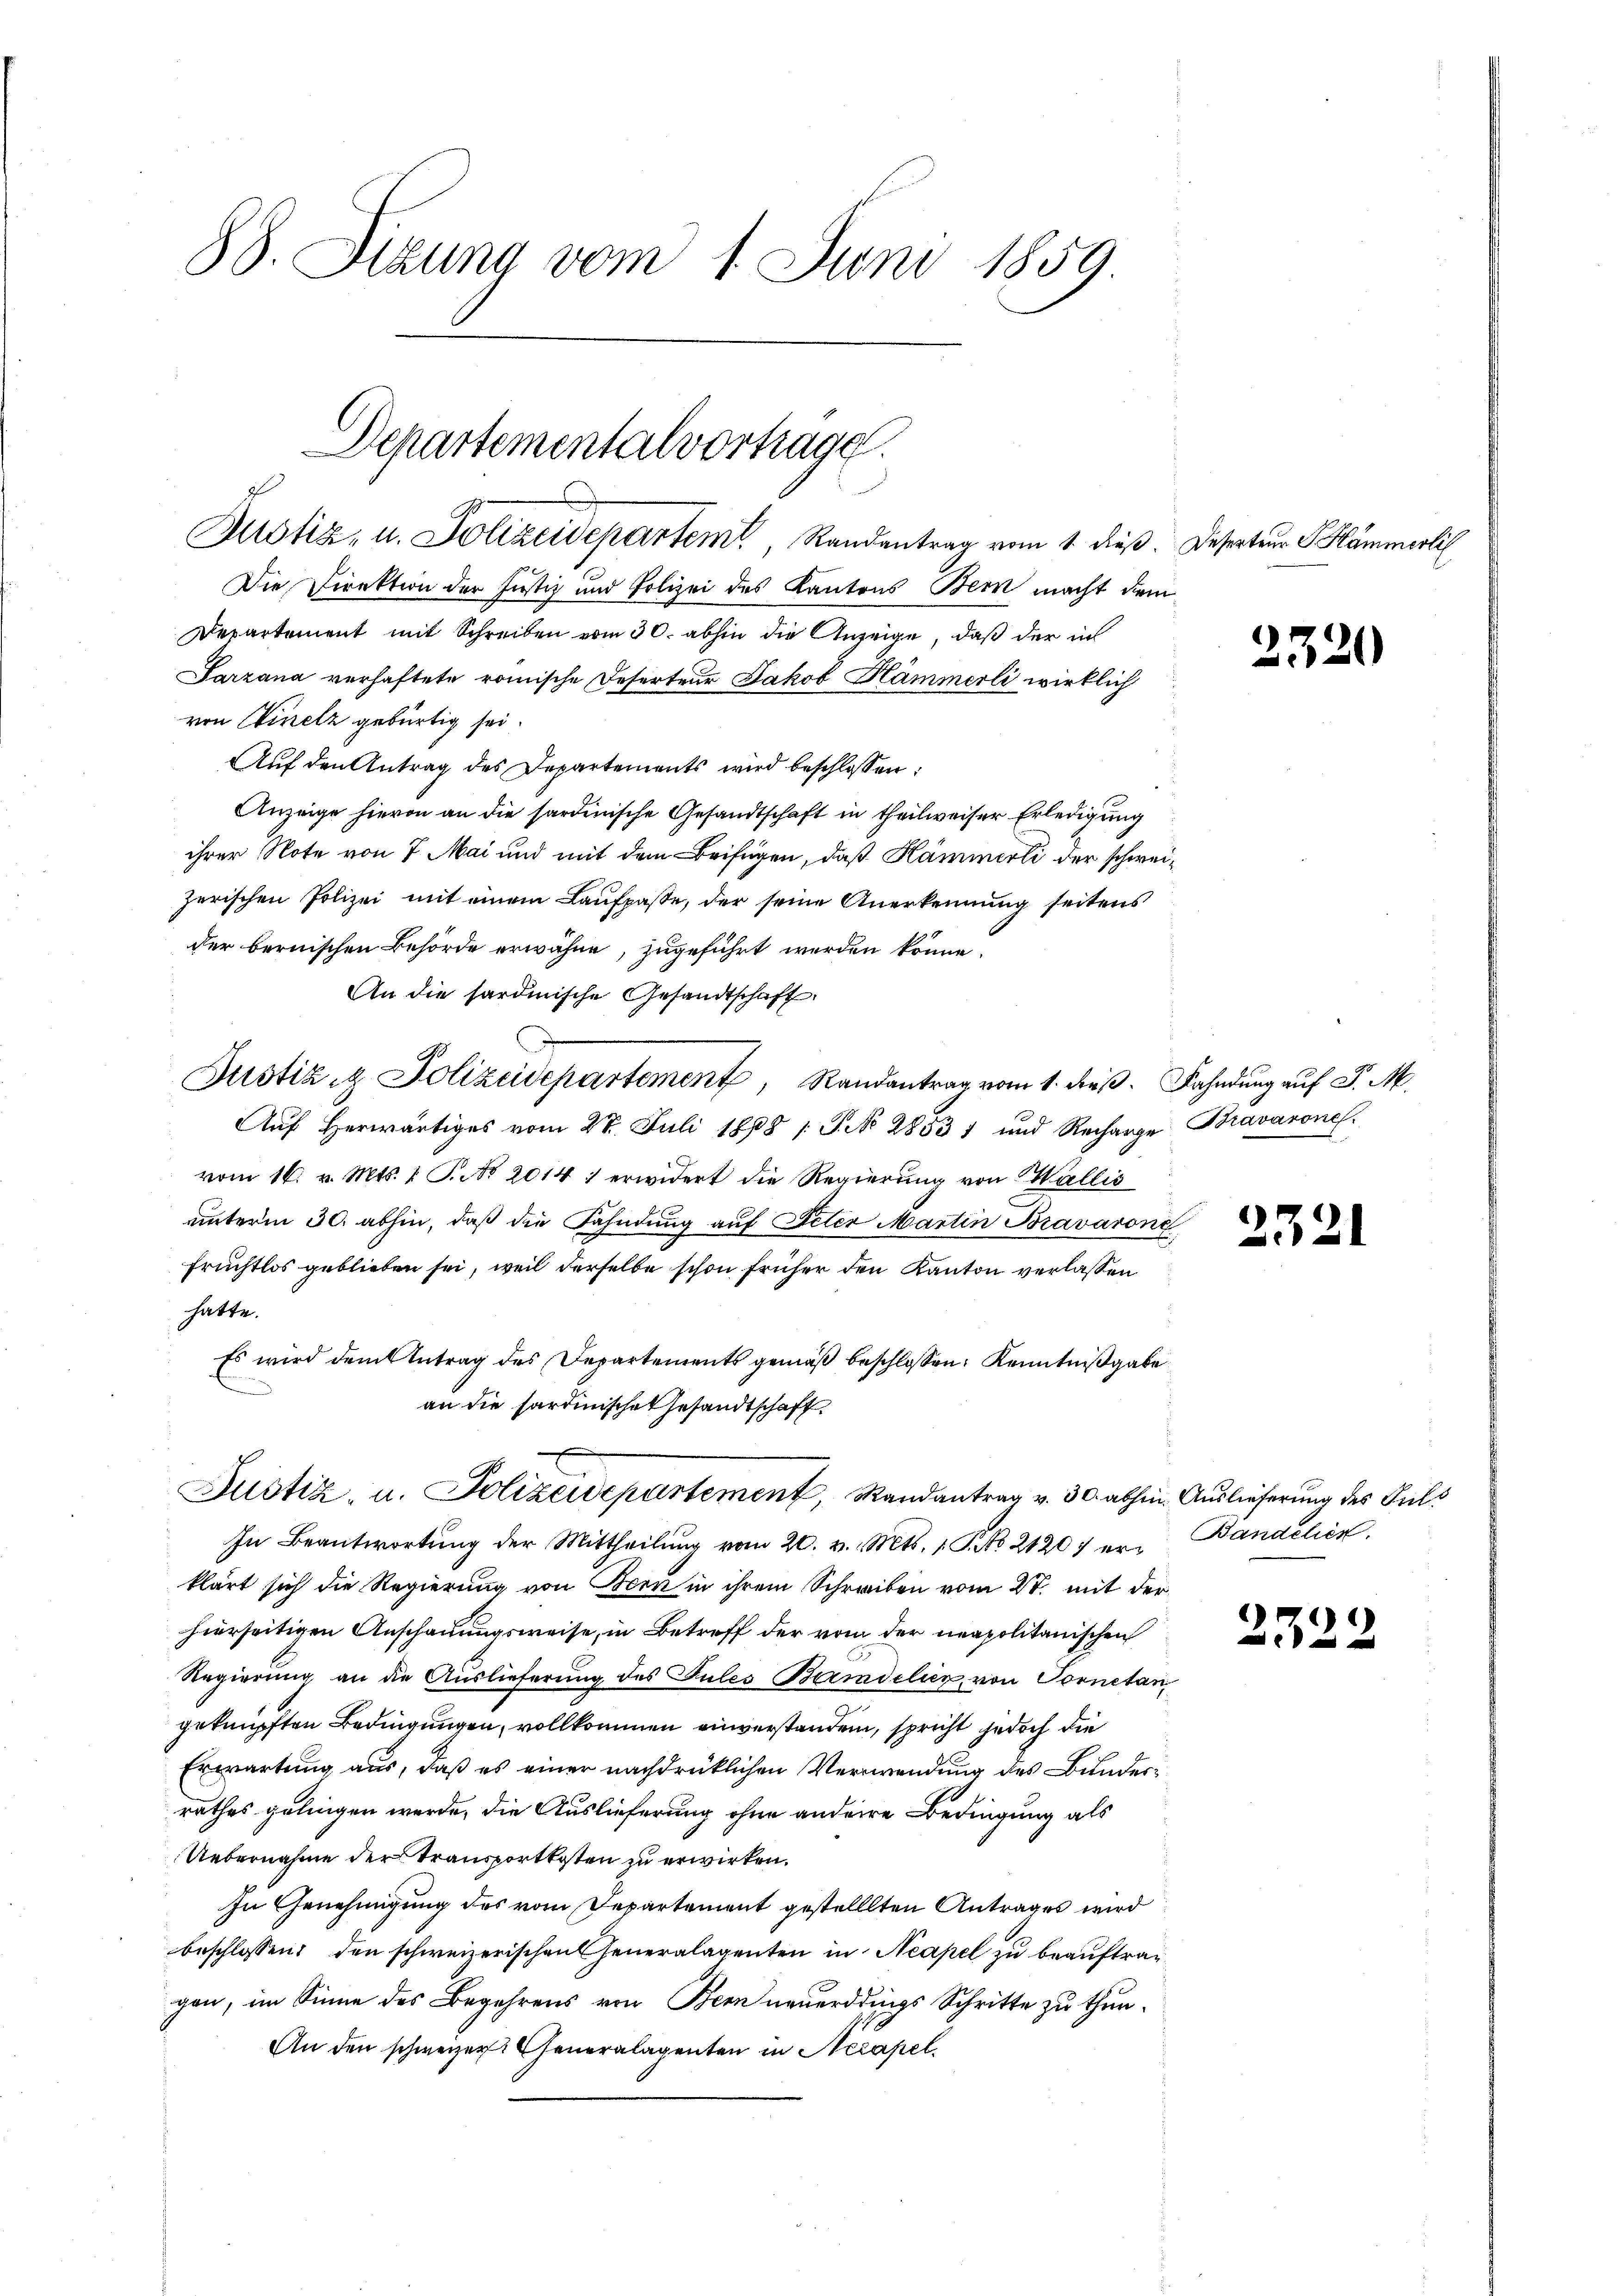
88. Sitzung vom 1. Juni 1859.

Justiz, u. Polizeidepartem Randantrag vom 1. dieß.
Die Direktion der Justiz und Polizei des Kantons Bern macht die
Departement mit Schreiben vom 30. abhin die Anzeige, daß der in
Sarzana verhaftete römische Deserteur Jakob Hämmerli wirklich
von Sinelz gebürtig sei.
Aŭf den Antrag des Departements wird beschlossen:
Anzeige hievon an die sardinische Gesandtschaft in theilweiser Erledigung
ihrer Note von 7 Mai und mit dem Beifügen, daß Hämmerli der schweizerischen Polizei mit einem Laufpasse, der seine Anerkennung seitens
der bernischen Behörde erwähne, zugeführt werden könne.
An die sardische Gesandtschaft
Justiz & Polizeidepartement, Randantrag vom 1. dieß.
Auf herwärtiges vom 27. Juli 1868 1 S. No 28531 und Recharge Bravarone.
vom 16. v. Mts. 1 P. No 2014 1 erwidert die Regierung von Wallis
unterm 30. abhin, daß die Fahndung auf Peter Martin Bravaror
fruchtlos geblieben sei, weil derselbe schon früher den Kanton verlassen
hatte.
Es wird dem Antrag des Departements gemäß beschlossen, Kenntnißgabe
.
an die Sardinische Gesandtschaft.
Justiz- u. Polizeidepartement, Randantrag v. 30. abhe
In Beantwortung der Mittheilung vom 20. v. Mts. 1 S. No 2120) erklärt sich die Regierung von Bern in ihrem Schreiben vom 27. mit de
hierseitigen Anschauungsweise, in Betreff der vom der neapolitanischen
Regierung an die Auslieferung des Jules Bandelier, von Vorneta
geknüpften Bedingungen, vollkommen einverstanden, spricht jedoch die
Erwartung aus, daß es einer nachdrücklichen Verwendung des Bunder
rathes gelingen werde, die Auslieferung ohne andere Bedingung als
Uebernahme der Transportkosten zu erwirken.
In Genehmigung des vom Departement gestelllten Antrages wird
beschlossen: den schweizerischen Feueralagenten in Neapel zu beauftragen, im Sinne des Begehrens von Bern neuerddings Schritte zu thun.
An den schweizer Generalagenten in Neapel.

Departementalvortrage.

e

Deserteur S Hämmertil

Fahndung auf P. M.

2

23.

)
e

232.

33

1

in Auslieferung des Puls
Bandelen.

ge